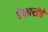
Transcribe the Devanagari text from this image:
बेकारांचे